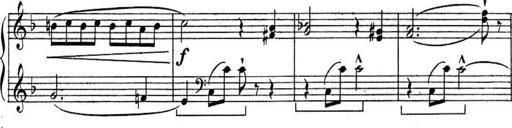
Title: Sonatines
Composer: Hedwige ChrÃ©tien